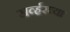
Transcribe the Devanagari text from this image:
सर्व्हरच्या